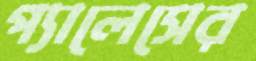
প্যালেসের